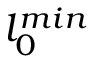
l _ { 0 } ^ { m i n }